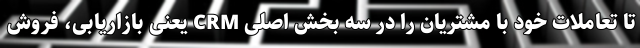
تا تعاملات خود با مشتریان را در سه بخش اصلی CRM یعنی بازاریابی، فروش